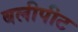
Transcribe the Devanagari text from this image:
बलीपीट